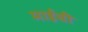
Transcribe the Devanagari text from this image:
माईंची